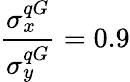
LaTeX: \frac{\sigma_{x}^{qG}}{\sigma_{y}^{qG}}=0.9